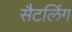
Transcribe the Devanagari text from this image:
सैटलिंग